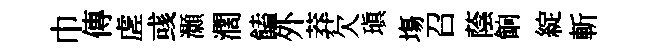
巾傳虗彧灝濶饁外莽欠瑱塲召蔭餉綻斬